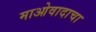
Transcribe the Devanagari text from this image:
माओवादाचा